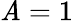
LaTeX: \mathit{A}=1